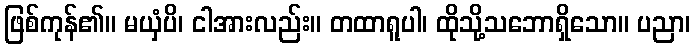
ဖြစ်ကုန်၏။ မယှံပိ၊ ငါအားလည်း။ တထာရူပါ၊ ထိုသို့သဘောရှိသော။ ပညာ၊